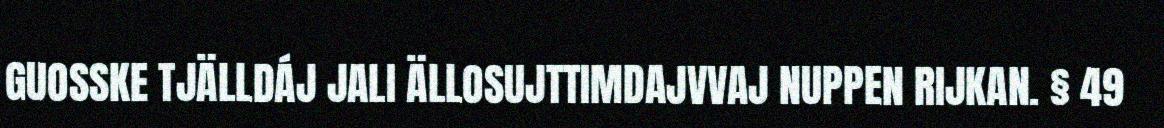
GUOSSKE TJÄLLDÁJ JALI ÄLLOSUJTTIMDAJVVAJ NUPPEN RIJKAN. § 49